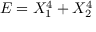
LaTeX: E = X _ { 1 } ^ { 4 } + X _ { 2 } ^ { 4 }